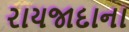
રાયજાદાના